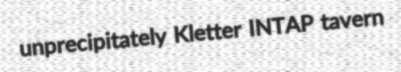
unprecipitately Kletter INTAP tavern